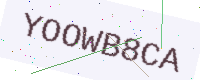
Text: YOOWB8CA